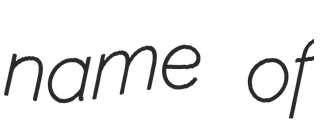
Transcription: name of